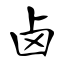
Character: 卤